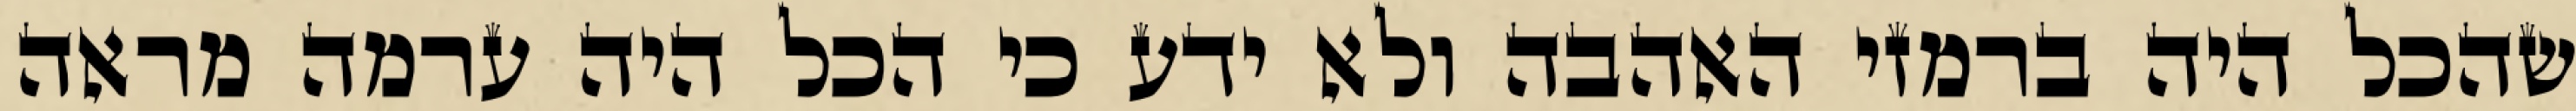
שהכל היה ברמזי האהבה ולא ידע כי הכל היה ערמה מראה